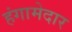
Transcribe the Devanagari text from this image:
हंगामेदार